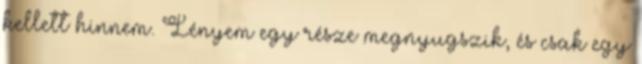
kellett hinnem. Lényem egy része megnyugszik, és csak egy